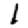
Digit: 1